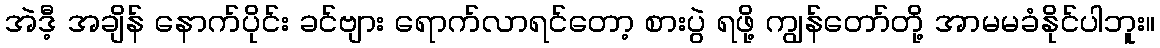
အဲဒီ့ အချိန် နောက်ပိုင်း ခင်ဗျား ရောက်လာရင်တော့ စားပွဲ ရဖို့ ကျွန်တော်တို့ အာမမခံနိုင်ပါဘူး။